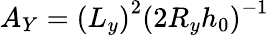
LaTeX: A_{Y}=\left({L_{y}}\right)^{2}\left({2R_{y}h_{0}}\right)^{-1}